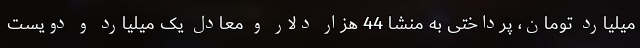
میلیارد تومان، پرداختی به منشا 44 هزار دلار و معادل یک میلیارد و دویست